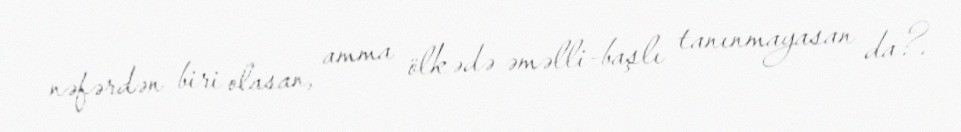
nəfərdən biri olasan, amma ölkədə əməlli-başlı tanınmayasan da?.